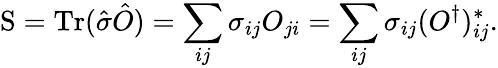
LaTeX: \mathrm{S}=\mathrm{Tr}(\hat{\sigma}\hat{O})=\sum_{ij}\sigma_{ij}O_{ji}=\sum_{ij}\sigma_{ij}(O^{\dagger})_{ij}^{*}.